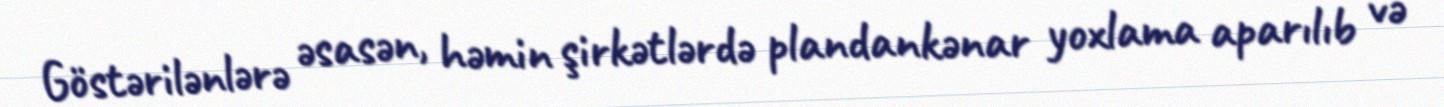
Göstərilənlərə əsasən, həmin şirkətlərdə plandankənar yoxlama aparılıb və